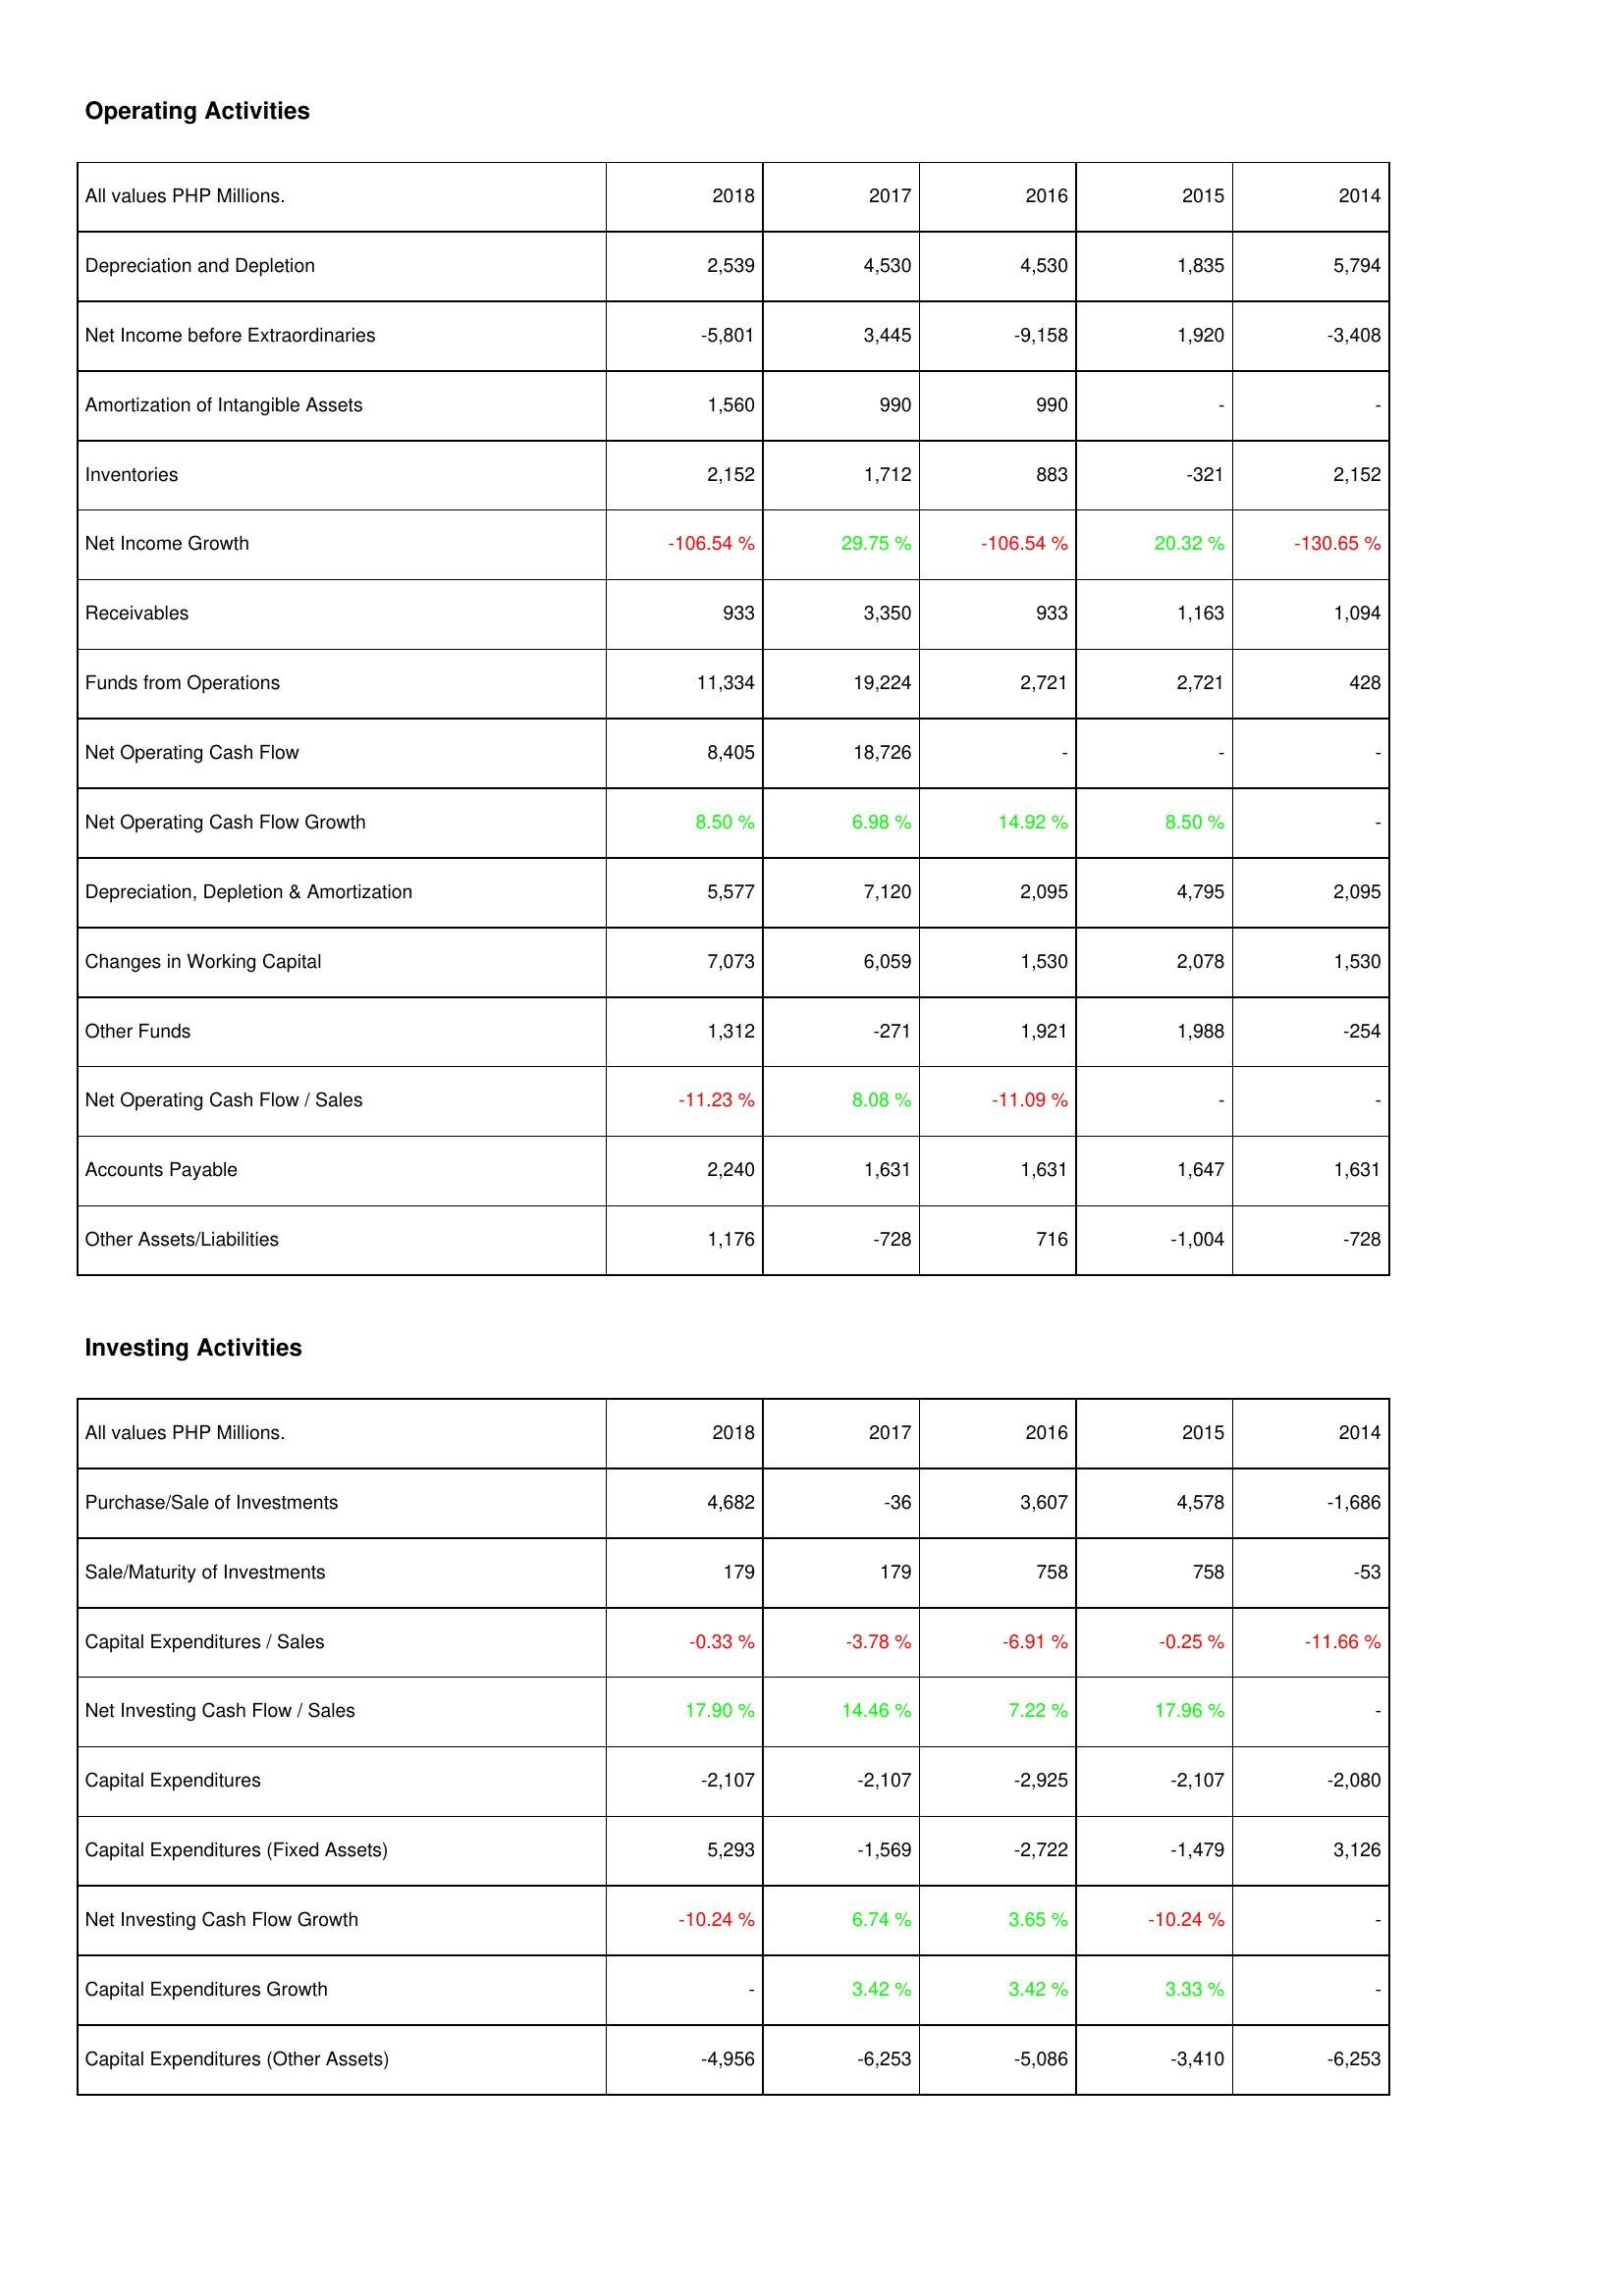
2018: Operating Activities: Depreciation and Depletion: 2,539
Net Income before Extraordinaries: -5,801
Amortization of Intangible Assets: 1,560
Inventories: 2,152
Net Income Growth: -106.54 %
Receivables: 933
Funds from Operations: 11,334
Net Operating Cash Flow: 8,405
Net Operating Cash Flow Growth: 8.50 %
Depreciation, Depletion & Amortization: 5,577
Changes in Working Capital: 7,073
Other Funds: 1,312
Net Operating Cash Flow / Sales: -11.23 %
Accounts Payable: 2,240
Other Assets/Liabilities: 1,176
Investing Activities: Purchase/Sale of Investments: 4,682
Sale/Maturity of Investments: 179
Capital Expenditures / Sales: -0.33 %
Net Investing Cash Flow / Sales: 17.90 %
Capital Expenditures: -2,107
Capital Expenditures (Fixed Assets): 5,293
Net Investing Cash Flow Growth: -10.24 %
Capital Expenditures Growth: -
Capital Expenditures (Other Assets): -4,956
2017: Operating Activities: Depreciation and Depletion: 4,530
Net Income before Extraordinaries: 3,445
Amortization of Intangible Assets: 990
Inventories: 1,712
Net Income Growth: 29.75 %
Receivables: 3,350
Funds from Operations: 19,224
Net Operating Cash Flow: 18,726
Net Operating Cash Flow Growth: 6.98 %
Depreciation, Depletion & Amortization: 7,120
Changes in Working Capital: 6,059
Other Funds: -271
Net Operating Cash Flow / Sales: 8.08 %
Accounts Payable: 1,631
Other Assets/Liabilities: -728
Investing Activities: Purchase/Sale of Investments: -36
Sale/Maturity of Investments: 179
Capital Expenditures / Sales: -3.78 %
Net Investing Cash Flow / Sales: 14.46 %
Capital Expenditures: -2,107
Capital Expenditures (Fixed Assets): -1,569
Net Investing Cash Flow Growth: 6.74 %
Capital Expenditures Growth: 3.42 %
Capital Expenditures (Other Assets): -6,253
2016: Operating Activities: Depreciation and Depletion: 4,530
Net Income before Extraordinaries: -9,158
Amortization of Intangible Assets: 990
Inventories: 883
Net Income Growth: -106.54 %
Receivables: 933
Funds from Operations: 2,721
Net Operating Cash Flow: -
Net Operating Cash Flow Growth: 14.92 %
Depreciation, Depletion & Amortization: 2,095
Changes in Working Capital: 1,530
Other Funds: 1,921
Net Operating Cash Flow / Sales: -11.09 %
Accounts Payable: 1,631
Other Assets/Liabilities: 716
Investing Activities: Purchase/Sale of Investments: 3,607
Sale/Maturity of Investments: 758
Capital Expenditures / Sales: -6.91 %
Net Investing Cash Flow / Sales: 7.22 %
Capital Expenditures: -2,925
Capital Expenditures (Fixed Assets): -2,722
Net Investing Cash Flow Growth: 3.65 %
Capital Expenditures Growth: 3.42 %
Capital Expenditures (Other Assets): -5,086
2015: Operating Activities: Depreciation and Depletion: 1,835
Net Income before Extraordinaries: 1,920
Amortization of Intangible Assets: -
Inventories: -321
Net Income Growth: 20.32 %
Receivables: 1,163
Funds from Operations: 2,721
Net Operating Cash Flow: -
Net Operating Cash Flow Growth: 8.50 %
Depreciation, Depletion & Amortization: 4,795
Changes in Working Capital: 2,078
Other Funds: 1,988
Net Operating Cash Flow / Sales: -
Accounts Payable: 1,647
Other Assets/Liabilities: -1,004
Investing Activities: Purchase/Sale of Investments: 4,578
Sale/Maturity of Investments: 758
Capital Expenditures / Sales: -0.25 %
Net Investing Cash Flow / Sales: 17.96 %
Capital Expenditures: -2,107
Capital Expenditures (Fixed Assets): -1,479
Net Investing Cash Flow Growth: -10.24 %
Capital Expenditures Growth: 3.33 %
Capital Expenditures (Other Assets): -3,410
2014: Operating Activities: Depreciation and Depletion: 5,794
Net Income before Extraordinaries: -3,408
Amortization of Intangible Assets: -
Inventories: 2,152
Net Income Growth: -130.65 %
Receivables: 1,094
Funds from Operations: 428
Net Operating Cash Flow: -
Net Operating Cash Flow Growth: -
Depreciation, Depletion & Amortization: 2,095
Changes in Working Capital: 1,530
Other Funds: -254
Net Operating Cash Flow / Sales: -
Accounts Payable: 1,631
Other Assets/Liabilities: -728
Investing Activities: Purchase/Sale of Investments: -1,686
Sale/Maturity of Investments: -53
Capital Expenditures / Sales: -11.66 %
Net Investing Cash Flow / Sales: -
Capital Expenditures: -2,080
Capital Expenditures (Fixed Assets): 3,126
Net Investing Cash Flow Growth: -
Capital Expenditures Growth: -
Capital Expenditures (Other Assets): -6,253